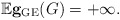
\begin{align*} \mathbb{E} {\bf g}_{\rm GE}(G) = +\infty. \end{align*}